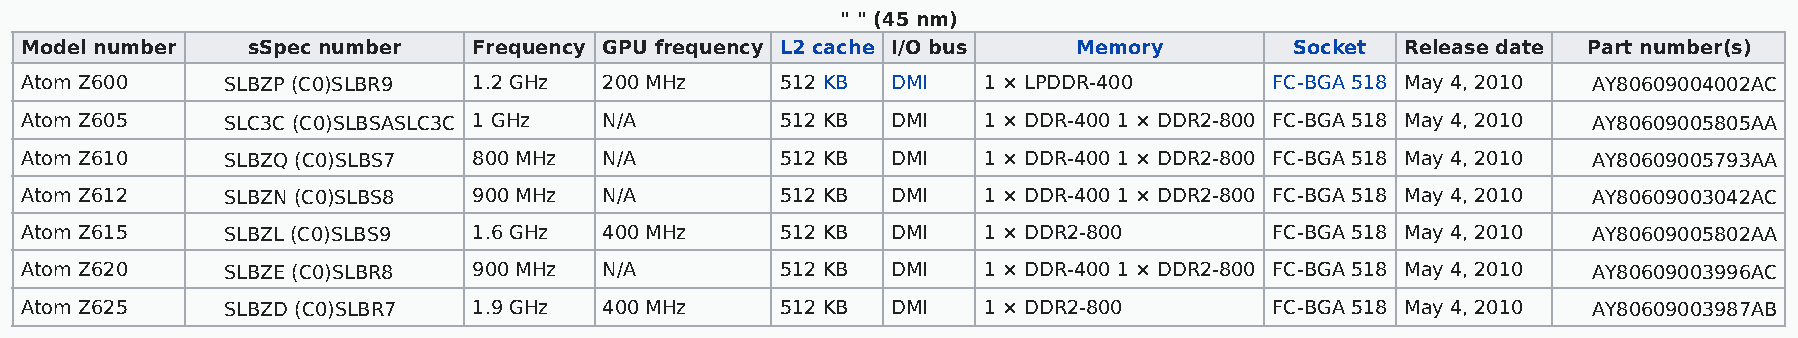
" " (45 nm)
 Model number   sSpec number   Frequency GPU frequency L2 cache I/O bus Memory        Socket Release date Part number(s)
 Atom Z600     SLBZP (C0)SLBR9 1.2 GHz  200 MHz     512 KB DMI   1 × LPDDR-400      FC-BGA 518 May 4, 2010 AY80609004002AC
 Atom Z605     SLC3C (C0)SLBSASLC3C 1 GHz N/A       512 KB DMI   1 × DDR-400 1 × DDR2-800 FC-BGA 518 May 4, 2010 AY80609005805AA
 Atom Z610     SLBZQ (C0)SLBS7 800 MHz  N/A         512 KB DMI   1 × DDR-400 1 × DDR2-800 FC-BGA 518 May 4, 2010 AY80609005793AA
 Atom Z612     SLBZN (C0)SLBS8 900 MHz  N/A         512 KB DMI   1 × DDR-400 1 × DDR2-800 FC-BGA 518 May 4, 2010 AY80609003042AC
 Atom Z615     SLBZL (C0)SLBS9 1.6 GHz  400 MHz     512 KB DMI   1 × DDR2-800       FC-BGA 518 May 4, 2010 AY80609005802AA
 Atom Z620     SLBZE (C0)SLBR8 900 MHz  N/A         512 KB DMI   1 × DDR-400 1 × DDR2-800 FC-BGA 518 May 4, 2010 AY80609003996AC
 Atom Z625     SLBZD (C0)SLBR7 1.9 GHz  400 MHz     512 KB DMI   1 × DDR2-800       FC-BGA 518 May 4, 2010 AY80609003987AB